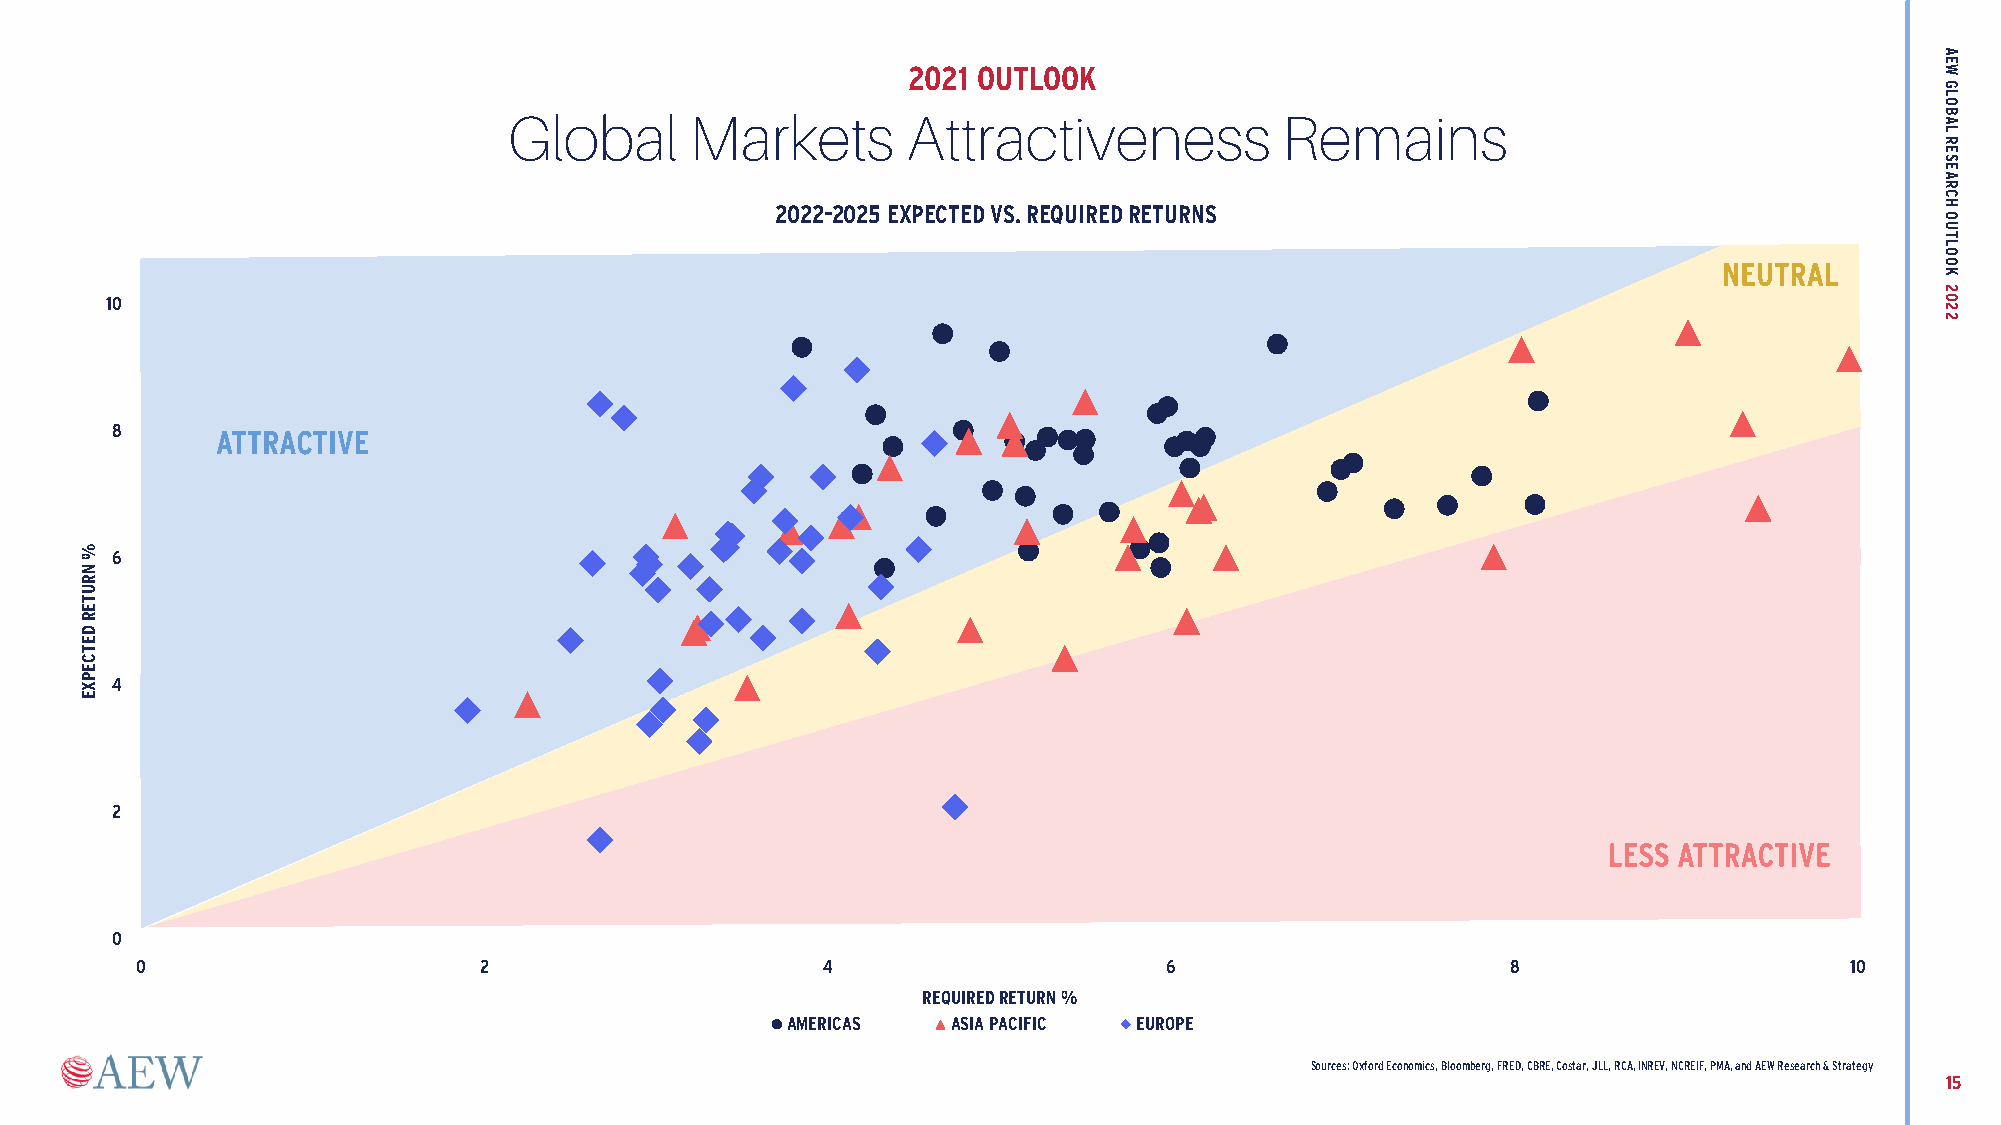
2021 OUTLOOK
 Global      Markets       Attractiveness           Remains
 2022-2025 EXPECTED VS. REQUIRED RETURNS
 10
 8
 6
 4
 2
 0
 0                      2                     4                      6                      8                     10
 REQUIREDRETURN %
 AMERICAS   ASIA PACIFIC EUROPE
 Sources: Oxford Economics, Bloomberg, FRED, CBRE, Costar, JLL, RCA, INREV, NCREIF, PMA, and AEW Research & Strategy
 15
 %
 NRUTERDETCEPXE
 AEW
 GLOBAL
 RESEARCH
 OUTLOOK
 2022